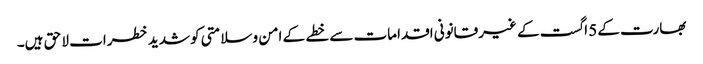
بھارت کے5 اگست کے غیرقانونی اقدامات سے خطے کے امن وسلامتی کوشدید خطرات لا حق ہیں۔